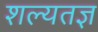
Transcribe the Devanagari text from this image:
शल्यतज्ञ